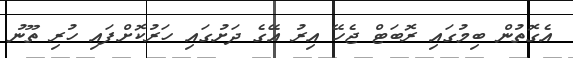
އެގޮތުން ބިމުގައި ރޮބަޓް ޖެހޭ އިރު އޭގެ ދަށުގައި ހަރުކޮށްފައި ހުރި ތޫނު